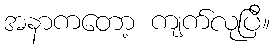
အနာကတော့ ကျက်လုပြီ။